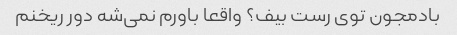
بادمجون توی رست بیف؟ واقعا باورم نمی‌شه دور ریخنم